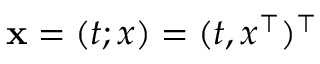
\mathbf { x } = ( t ; x ) = ( t , x ^ { \top } ) ^ { \top }